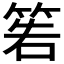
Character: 𥮂